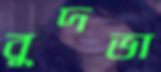
বুদভা